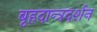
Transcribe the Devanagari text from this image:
बृहदान्त्रदर्शन